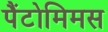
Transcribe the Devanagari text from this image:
पैंटोमिमस